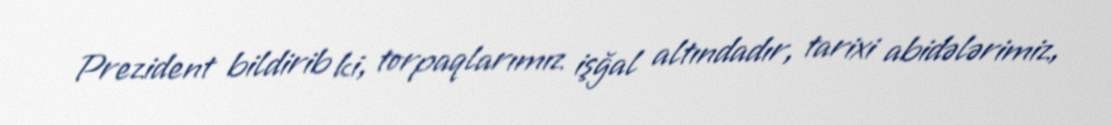
Prezident bildirib ki, torpaqlarımız işğal altındadır, tarixi abidələrimiz,